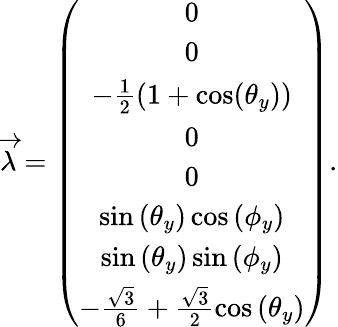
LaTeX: \begin{array}{r}{\overrightarrow{\lambda}=\left(\begin{array}{c}{0}\\ {0}\\ {-\frac{1}{2}\left(1+\cos(\theta_{y})\right)}\\ {0}\\ {0}\\ {\sin\left(\theta_{y}\right)\cos\left(\phi_{y}\right)}\\ {\sin\left(\theta_{y}\right)\sin\left(\phi_{y}\right)}\\ {-\frac{\sqrt{3}}{6}+\frac{\sqrt{3}}{2}\cos\left(\theta_{y}\right)}\end{array}\right).}\end{array}